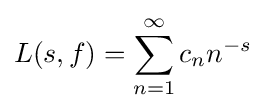
L(s,f)=\sum _{n=1}^{\infty }c_{n}n^{-s}